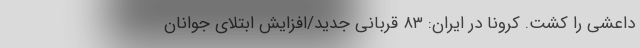
داعشی را کشت. کرونا در ایران: ۸۳ قربانی جدید/افزایش ابتلای جوانان